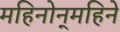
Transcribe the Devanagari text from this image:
महिनोन्‌महिने